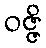
ဝဇ္ဇိ